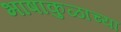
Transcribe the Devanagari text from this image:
भाषाकुळाच्या